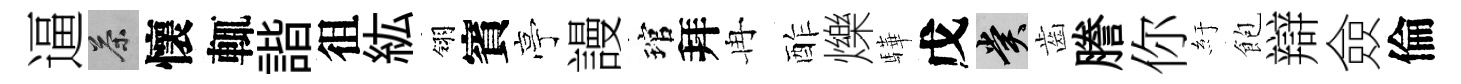
逼茶懷輒諧徂紘翎賓亭謾琯拜冉酢爍驊戊賞齒謄你紆飽辯僉倫